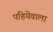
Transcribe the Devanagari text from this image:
पहियेवाला